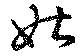
姑